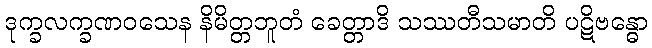
ဒုက္ခလက္ခဏဝသေန နိမိတ္တဘူတံ ခေတ္တာဒိ သဿတီသမာတိ ပဋိဗန္ဓော